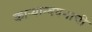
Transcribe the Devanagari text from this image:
काऱ्यान्वयनाची